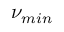
\nu _ { m i n }